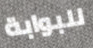
للبوابة